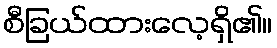
စီခြယ်ထားလေ့ရှိ၏။